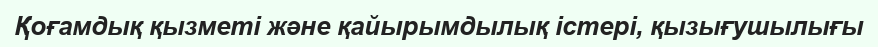
Қоғамдық қызметі және қайырымдылық істері, қызығушылығы